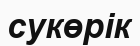
сукөрік